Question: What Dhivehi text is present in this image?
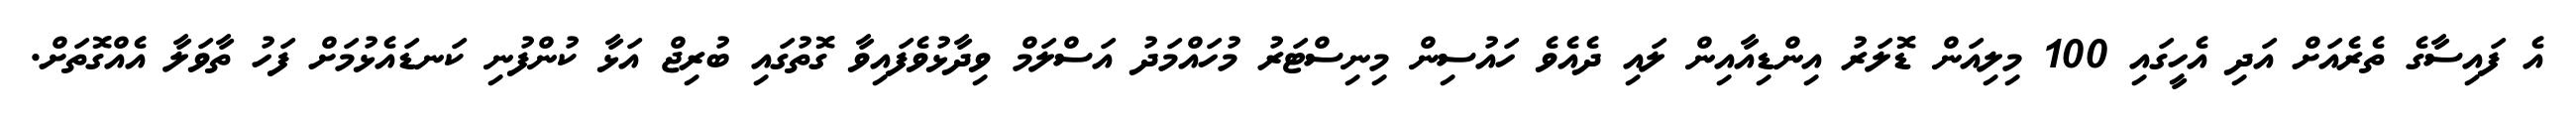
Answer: އެ ފައިސާގެ ތެރެއަށް އަދި އެހީގައި 100 މިލިއަން ޑޮލަރު އިންޑިއާއިން ލައި ދެއެވެ ހައުސިން މިނިސްޓަރު މުހައްމަދު އަސްލަމް ވިދާޅުވެފައިވާ ގޮތުގައި ބުރިޖް އަޅާ ކުންފުނި ކަނޑައެޅުމަށް ފަހު ތާވަލާ އެއްގޮތަށް.